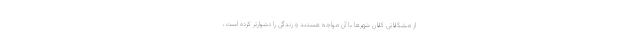
از مشکلاتی کلان شهرها با آن مواجه هستند و زندگی را دشوارتر کرده است،